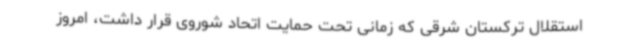
استقلال ترکستان شرقی که زمانی تحت حمایت اتحاد شوروی قرار داشت، امروز